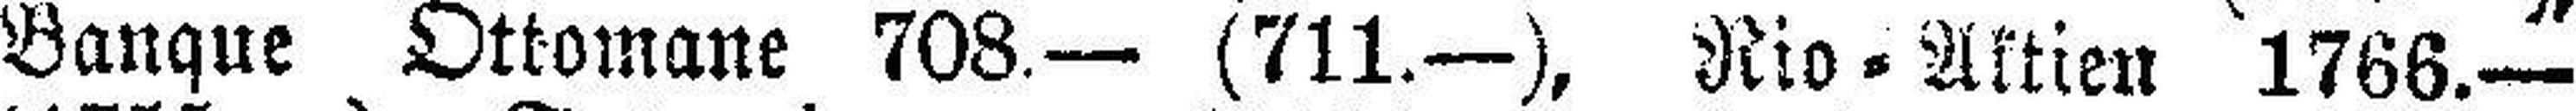
Banque Ottomane 708— (711.—), Rio=Aktien 1766.—